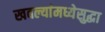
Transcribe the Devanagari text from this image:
खवल्यांमध्येसुद्धा